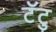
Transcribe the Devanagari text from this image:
टॅटु